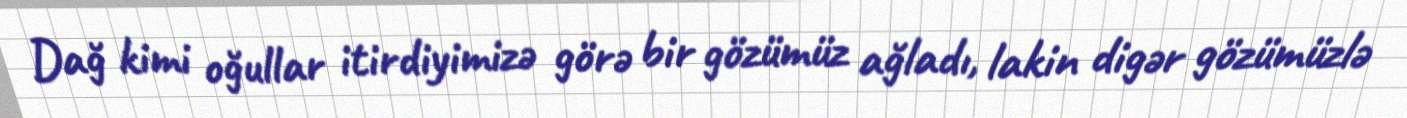
Dağ kimi oğullar itirdiyimizə görə bir gözümüz ağladı, lakin digər gözümüzlə